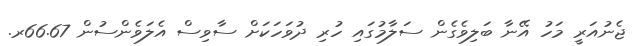
ޖެނުއަރީ މަހު އޭނާ ބަލިވެގެން ސަލާމުގައި ހުރި ދުވަހަކަށް ސާވިސް އެލަވެންސުން 66.67ރ.